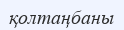
қолтаңбаны